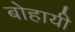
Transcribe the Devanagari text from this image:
बोहायी